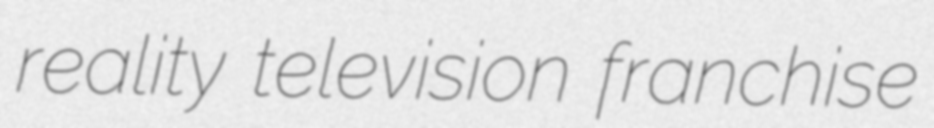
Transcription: reality television franchise